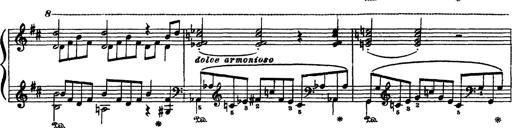
Title: Sarabande und Chaconne aus dem Singspiel
Composer: Franz Liszt